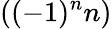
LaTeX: ((-1)^{n}n)